King Institute of Preventive Medicine Bacteriolog. Section reports 1907-08
Year: 1907
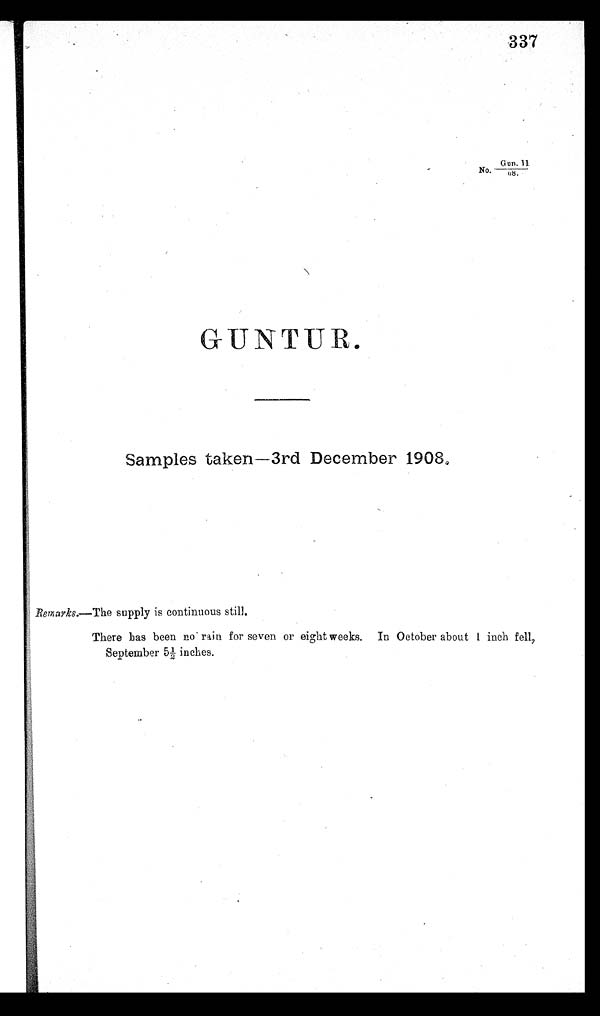
337
N o G U N I I / 0 8
GUNTUR.
Samples taken-3rd December 1908,,
Remarks.—The supply is continuous still.
There has been no rain for seven or eight weeks. In October about 1 inch fell,
September 5½ inches.